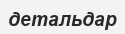
детальдар